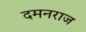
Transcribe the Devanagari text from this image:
दमनराज